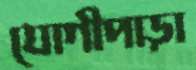
যোগীপাড়া